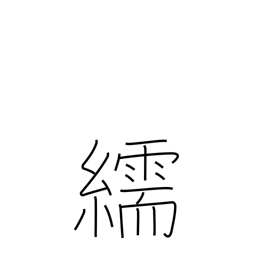
Meaning: satin